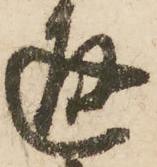
通